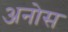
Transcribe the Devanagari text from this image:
अनोस